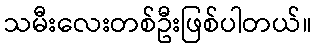
သမီးလေးတစ်ဦးဖြစ်ပါတယ်။